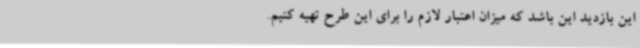
این بازدید این باشد که میزان اعتبار لازم را برای این طرح تهیه کنیم.